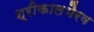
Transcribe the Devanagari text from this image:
श्रीकालभैरव